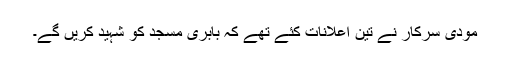
مودی سرکار نے تین اعلانات کئے تھے کہ بابری مسجد کو شہید کریں گے۔